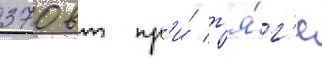
370 вт пр'и́ т'я́г'е